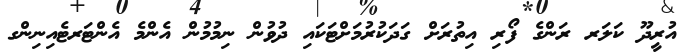
އުރީދޫ ކަލަރ ރަންގެ ފޯރި އިތުރަށް ގަދަކުރުމަށްޓަކައި ދުވުން ނިމުމުން އެންމެ އެންޓަރޓެއިނިންގ